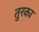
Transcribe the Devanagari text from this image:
तुरका